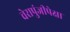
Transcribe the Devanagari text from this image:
चेरापुंजीपेक्षा